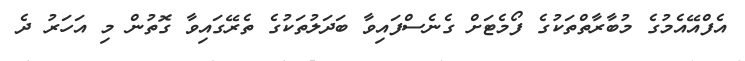
އެފްއޭއެމުގެ މުބާރާތްތަކުގެ ފޯމެޓަށް ގެނެސްފައިވާ ބަދަލުތަކުގެ ތެރޭގައިވާ ގޮތުން މި އަހަރު ދެ